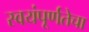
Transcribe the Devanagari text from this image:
स्वयंपूर्णतेचा